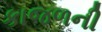
કાજળની